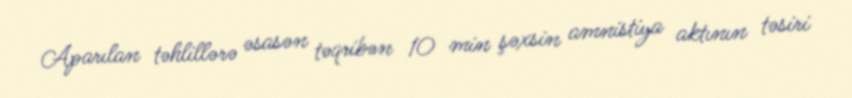
Aparılan təhlillərə əsasən təqribən 10 min şəxsin amnistiya aktının təsiri